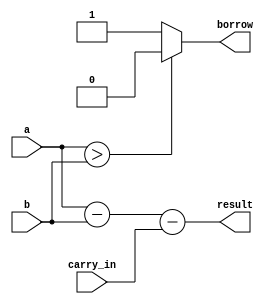
module gate_level_subtractor (
  input wire [7:0] a,
  input wire [7:0] b,
  input wire carry_in,
  output wire [7:0] result,
  output wire borrow
);

  assign result = a - b - carry_in;
  assign borrow = (a > b) ? 0 : 1;

endmodule